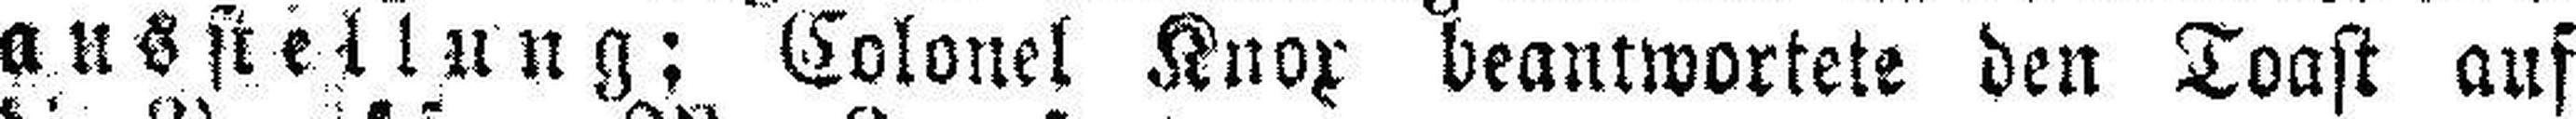
ausstellung; Colonel Knox beantwortete den Toast auf